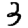
Digit: 3